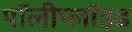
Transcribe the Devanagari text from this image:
पॉलीप्लॉइड